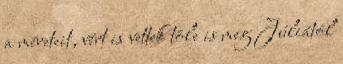
a méreteit, vért is vettek tõle is meg Júliától